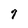
Character: 7